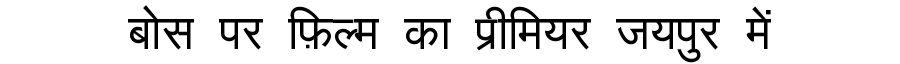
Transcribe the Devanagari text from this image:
बोस पर फ़िल्म का प्रीमियर जयपुर में